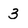
Character: 3